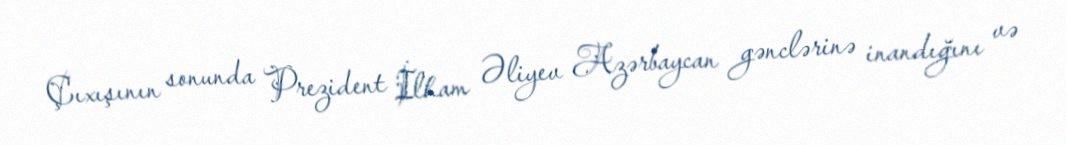
Çıxışının sonunda Prezident İlham Əliyev Azərbaycan gənclərinə inandığını və